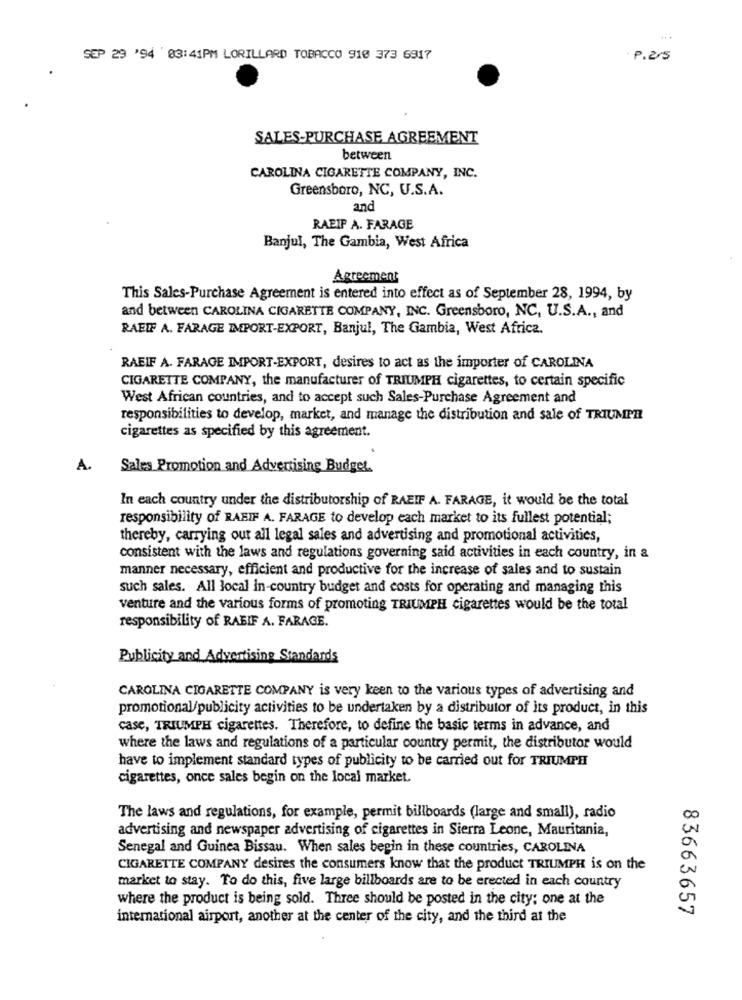
SEP 29 '94 03:41PM LORILLARD TOBACCO 910 373 6917
. P.25
SALES-PURCHASE AGREEMENT
between
CAROLINA CIGARETTE COMPANY, INC.
Greensboro, NC, U.S.A.
and
RAEIF A. FARAGE
Banjul, The Gambia, West Africa
Agreement
This Sales-Purchase Agreement is entered into effect as of September 28, 1994, by
and between CAROLINA CIGARETTE COMPANY, INC. Greensboro, NC, U.S.A ., and
RAEIF A. FARAGE IMPORT-EXPORT, Banjul, The Gambia, West Africa.
RAEIF A. FARAGE IMPORT-EXPORT, desires to act as the importer of CAROLINA
CIGARETTE COMPANY, the manufacturer of TRIUMPH cigarettes, to certain specific
West African countries, and to accept such Sales-Purchase Agreement and
responsibilities to develop, market, and manage the distribution and sale of TRIUMPHI
cigarettes as specified by this agreement.
A.
Sales Promotion and Advertising Budget.
In each country under the distributorship of RAEIF A. FARAGE, it would be the total
responsibility of RABIF A. FARAGE to develop each market to its fullest potential;
thereby, carrying out all legal sales and advertising and promotional activities,
consistent with the laws and regulations governing said activities in each country, in a
manner necessary, efficient and productive for the increase of sales and to sustain
such sales. All local in-country budget and costs for operating and managing this
venture and the various forms of promoting TRIUMPH cigarettes would be the total
responsibility of RABIF A. FARAGE.
Publicity and Advertising Standards
CAROLINA CIGARETTE COMPANY is very keen to the various types of advertising and
promotional/publicity activities to be undertaken by a distributor of its product, in this
case, TRIUMPH cigarettes. Therefore, to define the basic terms in advance, and
where the laws and regulations of a particular country permit, the distributor would
have to implement standard types of publicity to be carried out for TRIUMPH
cigarettes, once sales begin on the local market.
The laws and regulations, for example, permit billboards (large and small), radio
advertising and newspaper advertising of cigarettes in Sierra Leone, Mauritania,
Senegal and Guinea Bissau. When sales begin in these countries, CAROLINA
CIGARETTE COMPANY desires the consumers know that the product TRIUMPH is on the
market to stay. To do this, five large billboards are to be erected in each country
where the product is being sold. Three should be posted in the city: one at the
83663657
international airport, another at the center of the city, and the third at the